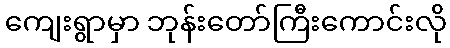
ကျေးရွာမှာ ဘုန်းတော်ကြီးကောင်းလို